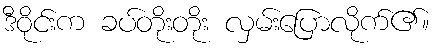
ဒီဝိုင်းက ခပ်တိုးတိုး လှမ်းပြောလိုက်၏။